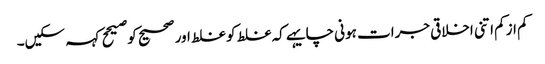
کم ازکم اتنی اخلاقی جرات ہونی چایہے کہ غلط کو غلط اور صحیح کو صیحح کہہ سکیں۔